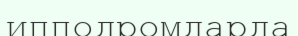
ипподромдарда